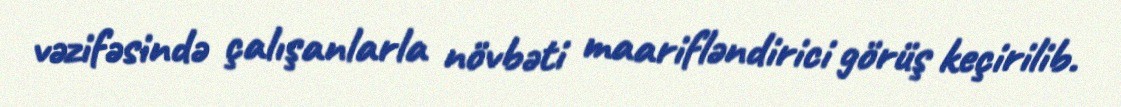
vəzifəsində çalışanlarla növbəti maarifləndirici görüş keçirilib.